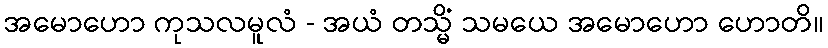
အမောဟော ကုသလမူလံ - အယံ တသ္မိံ သမယေ အမောဟော ဟောတိ။